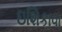
ઇશિકાવા